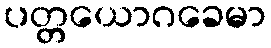
ပတ္တယောဂခေမာ